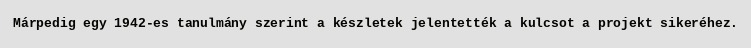
Márpedig egy 1942-es tanulmány szerint a készletek jelentették a kulcsot a projekt sikeréhez.